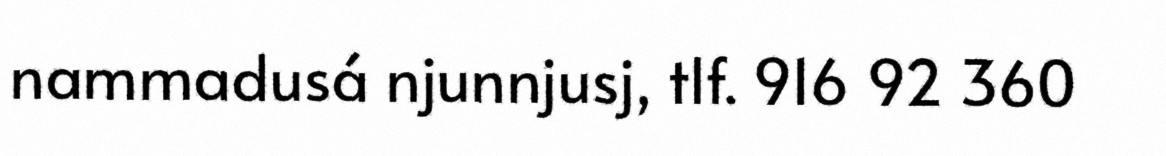
nammadusá njunnjusj, tlf. 916 92 360